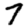
Digit: 7